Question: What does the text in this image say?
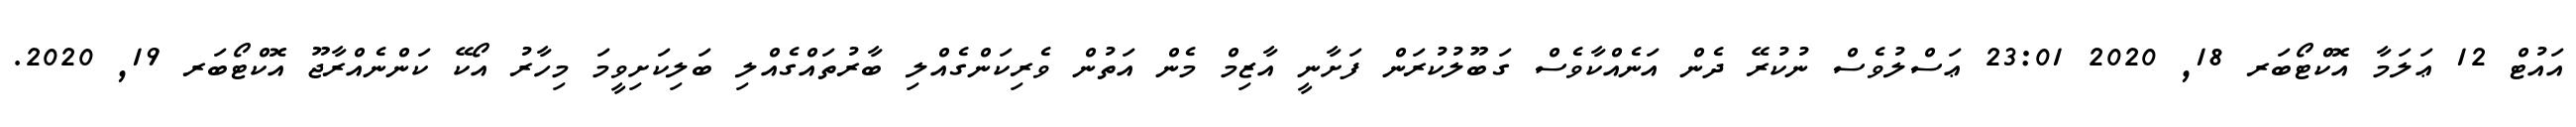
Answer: އައުޓް 12 ޢަލަމާ އޮކްޓޯބަރ 18, 2020 23:01 ޢަސްލުވެސް ނުކުރޭ ދެން އަނެއްކާވެސް ގަބޫލުކުރަން ފަށާނީ އާޒިމް މެން އަތުން ވެރިކަންގެއްލި ބާރުތައްގެއްލި ބަލިކަށިވީމަ މިހާރު އޯކޭ ކަންނެއްރާޖޫ އޮކްޓޯބަރ 19, 2020.